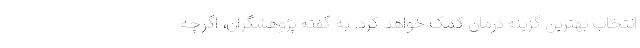
انتخاب بهترین گزینه درمان کمک خواهد کرد. به گفته پژوهشگران، اگرچه